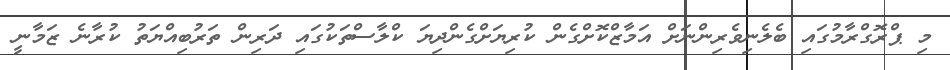
މި ޕްރޮގްރާމުގައި ބެލެނިވެރިންނަށް އަމާޒްކޮށްގެން ކުރިޔަށްގެންދިޔަ ކްލާސްތަކުގައި ދަރިން ތަރުބިއްޔަތު ކުރާނެ ޒަމާނީ